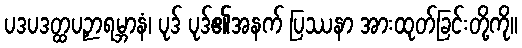
ပဒပဒတ္ထပဉှာရမ္ဘာနံ၊ ပုဒ် ပုဒ်၏အနက် ပြဿနာ အားထုတ်ခြင်းတို့ကို။